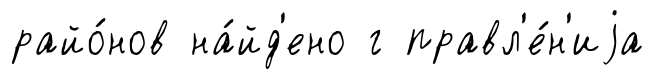
райо́нов на́йд'ено г правл'е́н'иjа